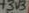
Text: +3V3